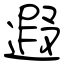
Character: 遐